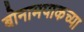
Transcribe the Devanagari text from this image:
बोनामपाकच्या